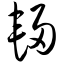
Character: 辆